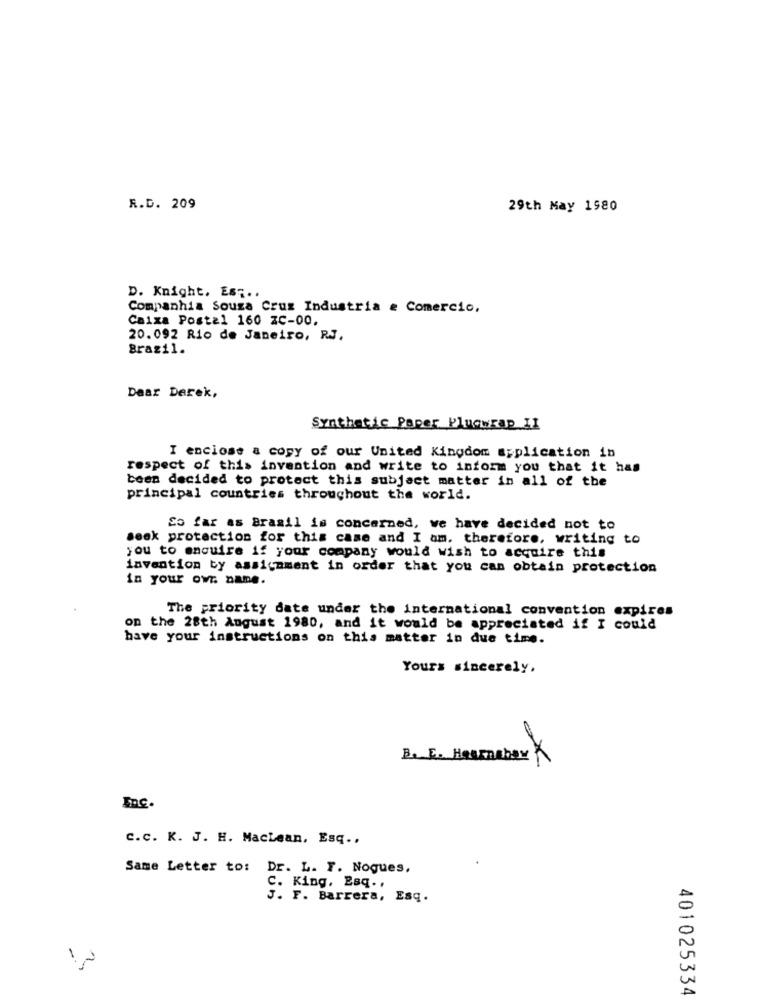
R.D. 209
29th May 1580
D. Knight, Es ;..
Companhia Souza Cruz Industria e Comercio,
Caixa Postal 160 xc-00.
20.092 Rio de Janeiro, RJ.
Brazil.
Dear Derek,
Synthetic Paper Pluswrap II
I enclose a copy of our United Kingdom application in
respect of this invention and write to inform you that it has
been decided to protect this subject matter in all of the
principal countries throughout the world.
So far as Brasil is concerned, we have decided not to
seek protection for this case and I am. therefore, writing to
you to enquire if your company would wish to acquire this
invention by assignment in order that you can obtain protection
in your own name.
The priority date under the international convention expires
on the 28th August 1980, and it would be appreciated if I could
have your instructions on this matter in due time.
Yours sincerely,
B. F. Haumabay K
Inc.
C.c. K. J. H. Maclean, Esq .,
Same Letter to: Dr. L. F. Nogues,
C. King, Esq. .
J. F. Barrera, Esq.
12
401025334